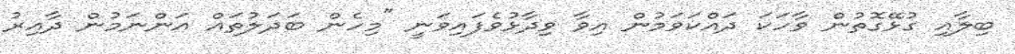
ބިލާއި ގުޅޭގޮތުން ވާހަކަ ދައްކަވަމުން އިވާ ވިދާޅުވެފައިވަނީ "މިހެން ބަދަލުތައް އަންނަމުން ދާއިރު